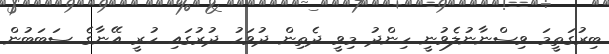
ބިރުގަތީމަ ވިސްނާނުލެވުނީ ހިންދު މިވީ ދެތިން ދުވަހު ދުރުގައި ހުރީ އޭނާގެ ސަބަބުން